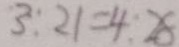
3 : 2 1 = 4 : 2 8